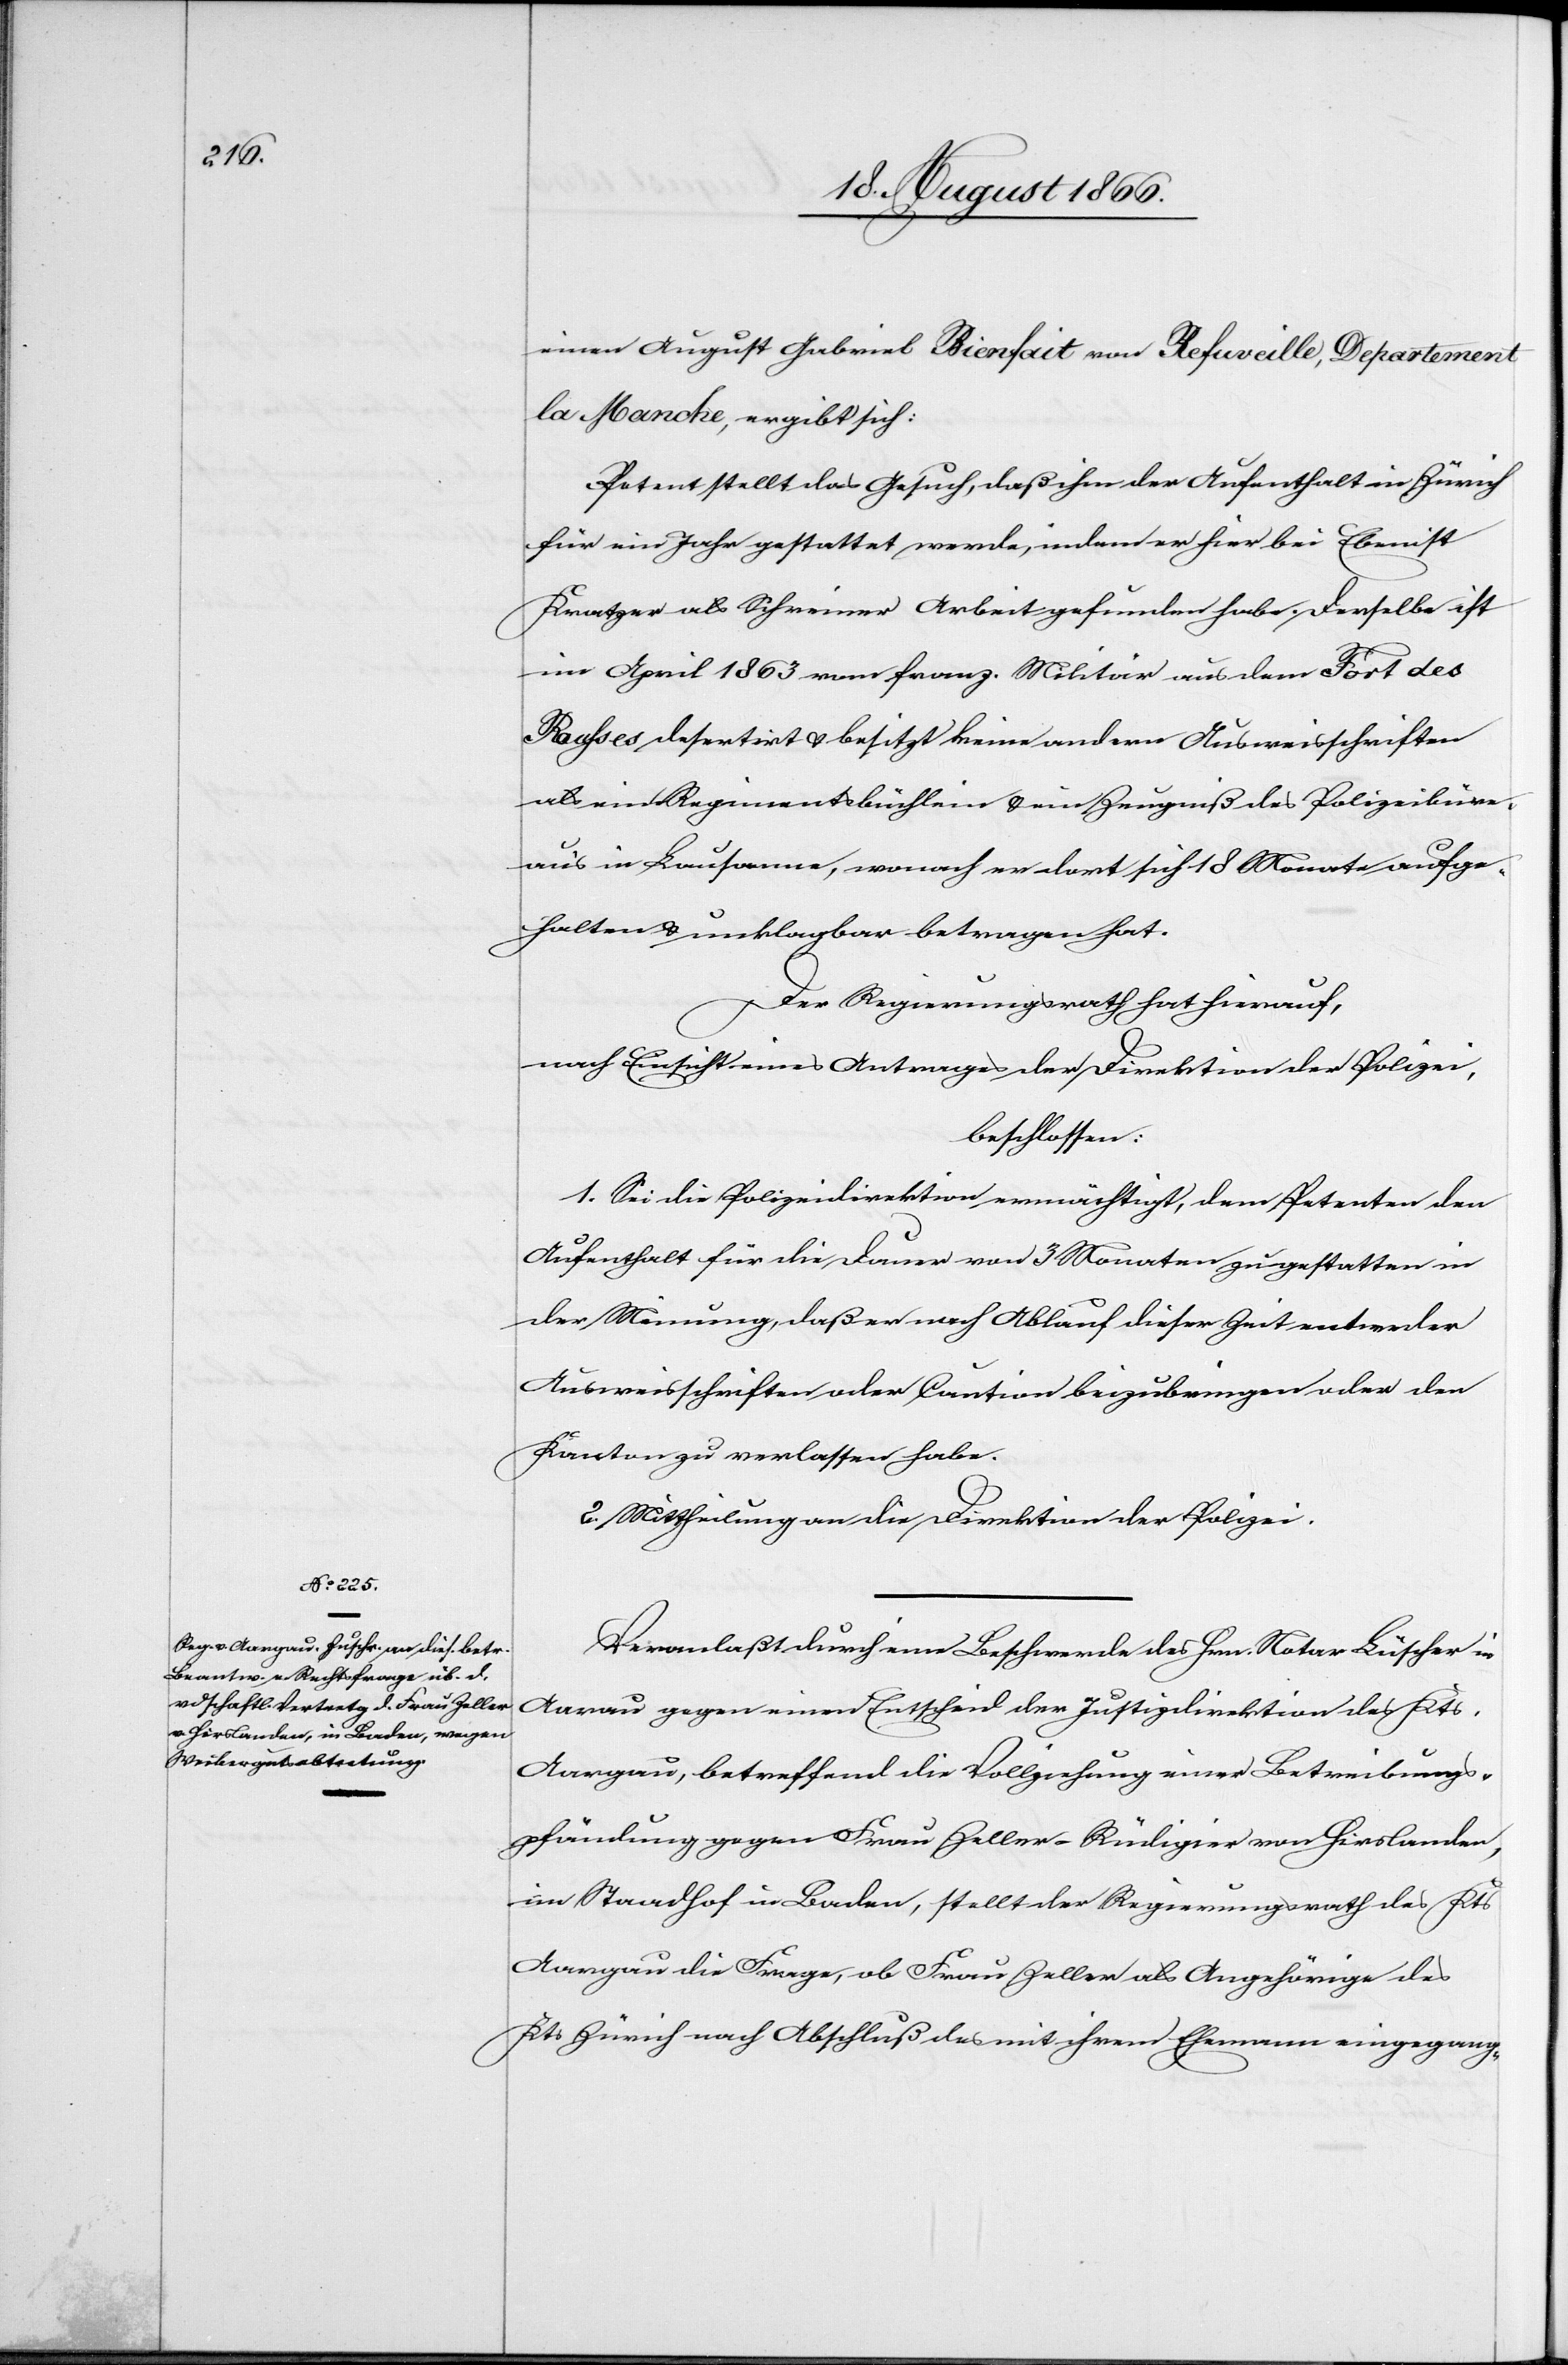
einen August Gabriel Rienfait von Refuveille, Departement
la Manche, ergibt sich:
Petent stellt das Gesuch, daß ihm der Aufenthalt in Zürich
für ein Jahr gestattet werde, indem er hier bei Ebenist
Kratzer als Schreiner Arbeit gefunden habe. Derselbe ist
im April 1863 vom franz. Militär aus dem Fort des
[?Rausses] desertirt u. besitzt keine andern Ausweisschriften
als eines Regimentsbüchlein u. ein Zeugniß des Polizeibüre¬
aus in Lausanne, wonach er dort sich 18 Monate aufge¬
halten u. unklagbar betragen hat.
Der Regierungsrath hat hierauf,
nach Einsicht eines Antrages der Direktion der Polizei,
beschlossen:
1. Sei die Polizeidirektion ermächtigt, dem Petenten den
Aufenthalt für die Dauer von 3 Monaten zu gestatten in
der Meinung, daß er nach Ablauf dieser Zeit entweder
Ausweisschriften oder Caution beizubringen oder den
Kanton zu verlassen habe.
2. Mittheilung an die Direktion der Polizei.
Veranlaßt durch eine Beschwerde des Hrn. Notar Büscher in
Aarau gegen einen Entscheid der Justizdirektion des Kts.
Aargau, betreffend die Vollziehung einer Betreibungs¬
pfändung gegen Frau Zeller-Rüdigier von Hirslanden,
im Staadhof in Baden, stellt der Regierungsrath des Kts.
Aargau die Frage, ob Frau Zeller als Angehörige des
Kts. Zürich nach Abschluß des mit ihrem Ehemann eingegang-